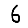
Digit: 6